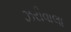
ઝરીવાલા